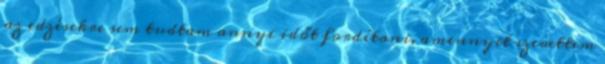
az edzésekre sem tudtam annyi időt fordítani, amennyit szerettem